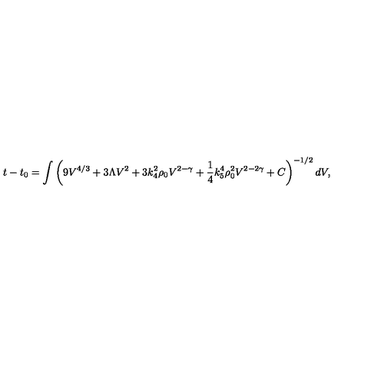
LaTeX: t - t _ { 0 } = \int \left( 9 V ^ { 4 / 3 } + 3 \Lambda V ^ { 2 } + 3 k _ { 4 } ^ { 2 } \rho _ { 0 } V ^ { 2 - \gamma } + \frac 1 4 k _ { 5 } ^ { 4 } \rho _ { 0 } ^ { 2 } V ^ { 2 - 2 \gamma } + C \right) ^ { - 1 / 2 } d V ,